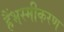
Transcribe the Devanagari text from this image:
हैंभस्मीकरण